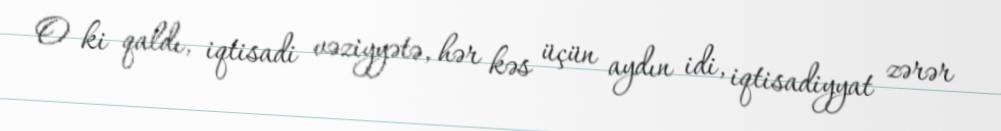
O ki qaldı, iqtisadi vəziyyətə, hər kəs üçün aydın idi, iqtisadiyyat zərər